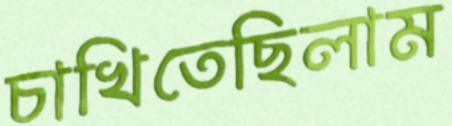
চাখিতেছিলাম